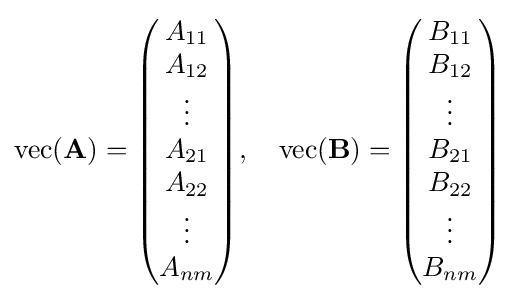
\mathrm {vec} (\mathbf {A} )={\begin{pmatrix}A_{11}\\A_{12}\\\vdots \\A_{21}\\A_{22}\\\vdots \\A_{nm}\end{pmatrix}},\quad \mathrm {vec} (\mathbf {B} )={\begin{pmatrix}B_{11}\\B_{12}\\\vdots \\B_{21}\\B_{22}\\\vdots \\B_{nm}\end{pmatrix}}